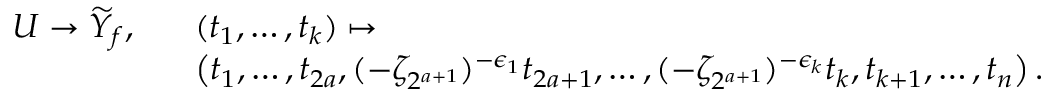
\begin{array} { r l } { U \to \widetilde Y _ { f } , \; \; \; } & { ( t _ { 1 } , \dotsc , t _ { k } ) \mapsto } \\ & { \left( t _ { 1 } , \dotsc , t _ { 2 a } , ( - \zeta _ { 2 ^ { a + 1 } } ) ^ { - \epsilon _ { 1 } } t _ { 2 a + 1 } , \dotsc , ( - \zeta _ { 2 ^ { a + 1 } } ) ^ { - \epsilon _ { k } } t _ { k } , t _ { k + 1 } , \dotsc , t _ { n } \right) . } \end{array}